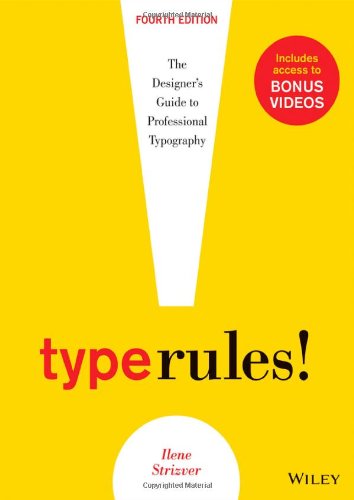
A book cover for Type Rules: The Designer's Guide to Professional Typography; Ilene Strizver; Arts & Photography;